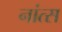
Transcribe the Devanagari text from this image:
नांत्स